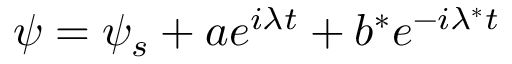
\psi = \psi _ { s } + a e ^ { i \lambda t } + b ^ { * } e ^ { - i \lambda ^ { * } t }